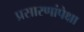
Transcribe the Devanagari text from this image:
प्रसारणांपेक्षा